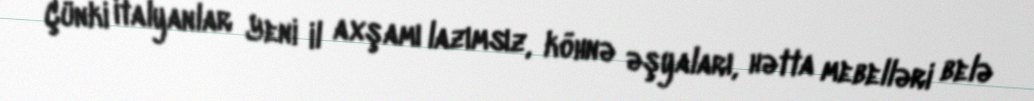
Çünki italyanlar Yeni il axşamı lazımsız, köhnə əşyaları, hətta mebelləri belə